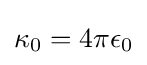
\kappa _{0}=4\pi \epsilon _{0}